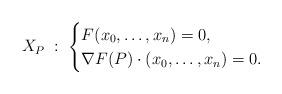
LaTeX: \begin{align*}X_P \; : \; \begin{cases}F(x_0,\dotsc,x_n)=0,\\\nabla{F}(P) \cdot (x_0,\dotsc,x_n)=0.\end{cases}\end{align*}